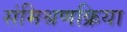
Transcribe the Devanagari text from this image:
संमिश्रणक्रिया